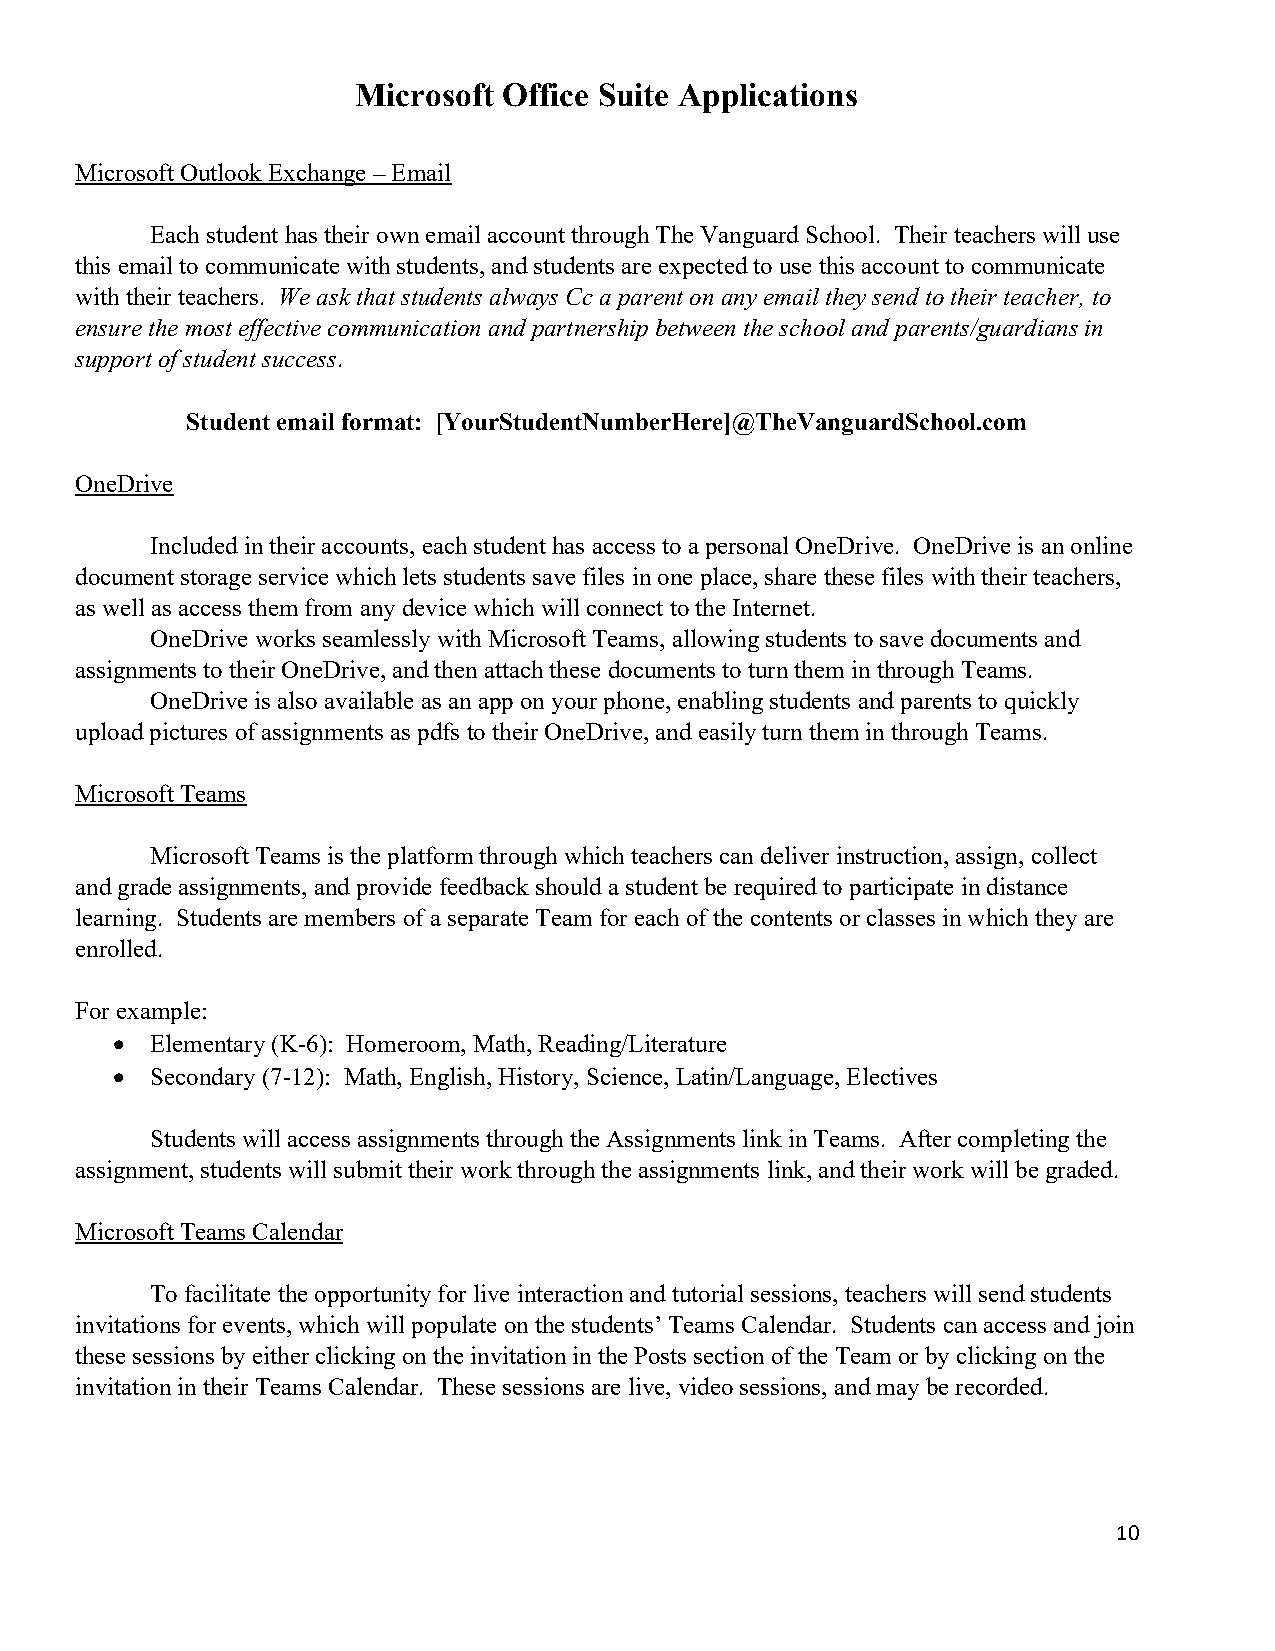
Microsoft Office Suite Applications
 Microsoft Outlook Exchange – Email
 Each student has their own email account through The Vanguard School. Their teachers will use
 this email to communicate with students, and students are expected to use this account to communicate
 with their teachers. We ask that students always Cc a parent on any email they send to their teacher, to
 ensure the most effective communication and partnership between the school and parents/guardians in
 support of student success.
 Student email format: [YourStudentNumberHere]@TheVanguardSchool.com
 OneDrive
 Included in their accounts, each student has access to a personal OneDrive. OneDrive is an online
 document storage service which lets students save files in one place, share these files with their teachers,
 as well as access them from any device which will connect to the Internet.
 OneDrive works seamlessly with Microsoft Teams, allowing students to save documents and
 assignments to their OneDrive, and then attach these documents to turn them in through Teams.
 OneDrive is also available as an app on your phone, enabling students and parents to quickly
 upload pictures of assignments as pdfs to their OneDrive, and easily turn them in through Teams.
 Microsoft Teams
 Microsoft Teams is the platform through which teachers can deliver instruction, assign, collect
 and grade assignments, and provide feedback should a student be required to participate in distance
 learning. Students are members of a separate Team for each of the contents or classes in which they are
 enrolled.
 For example:
 •  Elementary (K-6): Homeroom, Math, Reading/Literature
 •  Secondary (7-12): Math, English, History, Science, Latin/Language, Electives
 Students will access assignments through the Assignments link in Teams. After completing the
 assignment, students will submit their work through the assignments link, and their work will be graded.
 Microsoft Teams Calendar
 To facilitate the opportunity for live interaction and tutorial sessions, teachers will send students
 invitations for events, which will populate on the students’ Teams Calendar. Students can access and join
 these sessions by either clicking on the invitation in the Posts section of the Team or by clicking on the
 invitation in their Teams Calendar. These sessions are live, video sessions, and may be recorded.
 10